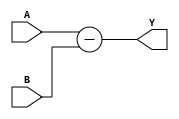
`timescale 1ns / 1ps
//////////////////////////////////////////////////////////////////////////////////
// Company: Tecnolgico de Costa Rica
// 
// Design Name: 
// Module Name: SUBT_32Bits
// Project Name: 
// Target Devices: 
// Tool versions: 
// Description:  
//					
//////////////////////////////////////////////////////////////////////////////////

module SUBT_32Bits(
    
    //INPUTS
    input wire [31:0] A,  //ENTRADA A
    input wire [31:0] B,  //ENTRADA B
    //OUTPUTS
    output wire [31:0] Y  //SALIDA Y
    );
    
    assign Y = A-B;       //RESTA DE ENTRADAS

endmodule